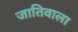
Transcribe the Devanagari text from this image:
जातिवाला